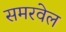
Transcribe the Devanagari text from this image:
समरवेल